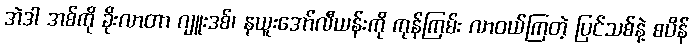
အဲဒါ အစ်ကို ခိုးလာတာ ဂျူးဒစ်၊ နယူးအော်လီယန်းကို ကုန်ကြမ်း လာဝယ်ကြတဲ့ ပြင်သစ်နဲ့ စပိန်